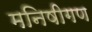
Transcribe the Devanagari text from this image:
मनिषीगण